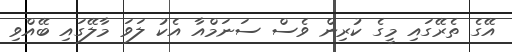
އޭގެ ތެރޭގައި މީގެ ކުރިން ވެސް ސަނަމްއާ އެކު ލަވަ މާލޭގައި ބޭއްވި